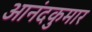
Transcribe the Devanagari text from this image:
आनंदकुमार